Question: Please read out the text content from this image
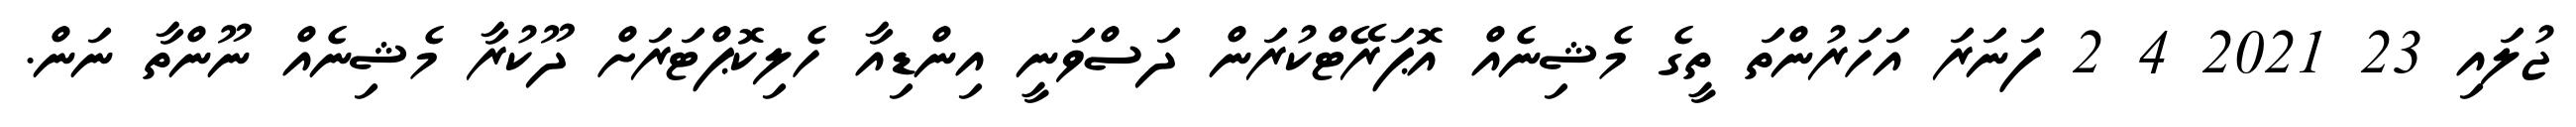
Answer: ޖުލައި 23 2021 4 2 ފަނަރަ އަހަރުންތަ ތީގެ މެޝިނެއް އޮޕަރޭޓްކުރަން ދަސްވަނީ އިންޑިއާ ހެލިކޮޕްޓަރަށް ދޫކުރާ މެޝިނެއް ނޫންތާ ނަން.